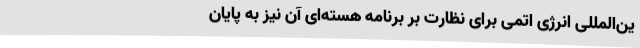
ین‌المللی انرژی اتمی برای نظارت بر برنامه هسته‌ای آن نیز به پایان